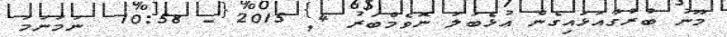
މޫނު ބުރުގާއަޅައިގެން އުޅެބަލަ ނޮވެމްބަރު 4